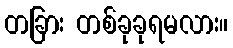
တခြား တစ်ခုခုရမလား။